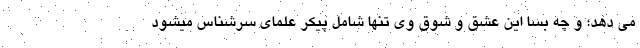
می دهد؛ و چه بسا این عشق و شوق وی تنها شامل پیکر علمای سرشناس میشود